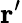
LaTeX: \mathbf{r}^{\prime}